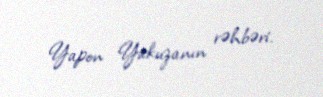
Yapon Yakuzanın rəhbəri.